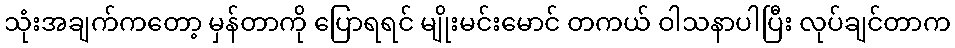
သုံးအချက်ကတော့ မှန်တာကို ပြောရရင် မျိုးမင်းမောင် တကယ် ဝါသနာပါပြီး လုပ်ချင်တာက